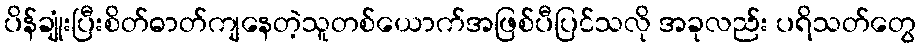
ပိန်ချုံးပြီးစိတ်ဓာတ်ကျနေတဲ့သူတစ်ယောက်အဖြစ်ပီပြင်သလို အခုလည်း ပရိသတ်တွေ